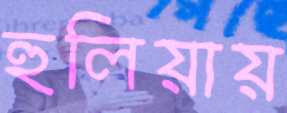
হুলিয়ায়